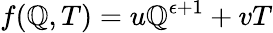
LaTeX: f(\mathbb{Q},T)=u\mathbb{Q}^{\epsilon+1}+vT